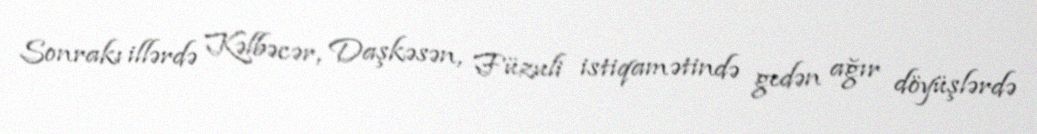
Sonrakı illərdə Kəlbəcər, Daşkəsən, Füzuli istiqamətində gedən ağır döyüşlərdə